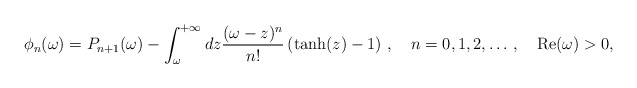
\begin{align*}\phi_n(\omega)= P_{n+1}(\omega)-\int_\omega^{+\infty}dz\frac{(\omega-z)^n}{n!}\left(\tanh(z)-1\right)\,,\quad n=0,1,2,\dots \,,\quad {\rm Re}(\omega)>0,\end{align*}